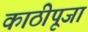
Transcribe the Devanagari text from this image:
काठीपूजा